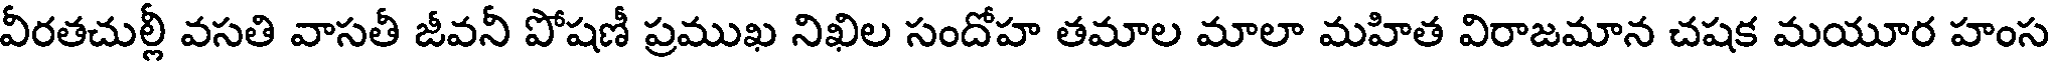
వీరతచుల్లీ వసతి వాసతీ జీవనీ పోషణీ ప్రముఖ నిఖిల సందోహ తమాల మాలా మహిత విరాజమాన చషక మయూర హంస